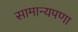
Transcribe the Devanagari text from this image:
सामान्यपणा